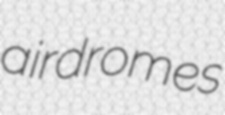
airdromes